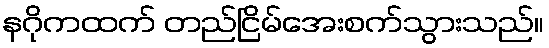
နဂိုကထက် တည်ငြိမ်အေးစက်သွားသည်။